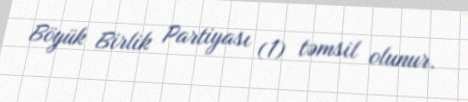
Böyük Birlik Partiyası (1) təmsil olunur.